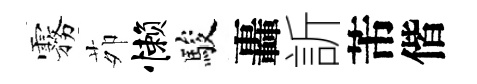
霧茆懒駿轟訢芾偕